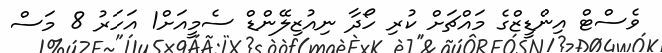
ވެސްޓް އިންޑީޒްގެ މައްޗަށް ކުރި ހޯދާ ނިއުޒިލޭންޑް ސެމީއަށް1 އަހަރު 8 މަސް